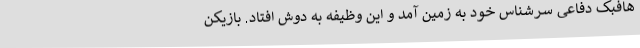
هافبک دفاعی سرشناس خود به زمین آمد و این وظیفه به دوش افتاد. بازیکن